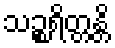
သဉ္စရိတ္တန္တိ